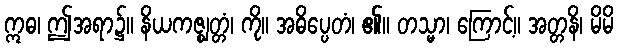
ဣဓ၊ ဤအရာ၌။ နိယကဇ္ဈတ္တံ၊ ကို။ အဓိပ္ပေတံ၊ ၏။ တသ္မာ၊ ကြောင့်။ အတ္တနိ၊ မိမိ